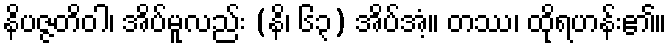
နိပဇ္ဇတိဝါ၊ အိပ်မူလည်း (နိ၊ ၆၃) အိပ်အံ့။ တဿ၊ ထိုရဟန်း၏။